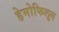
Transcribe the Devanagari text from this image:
हेमोफिलुस